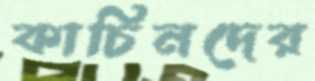
কাচিনদের